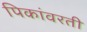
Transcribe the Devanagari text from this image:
पिकांवरती